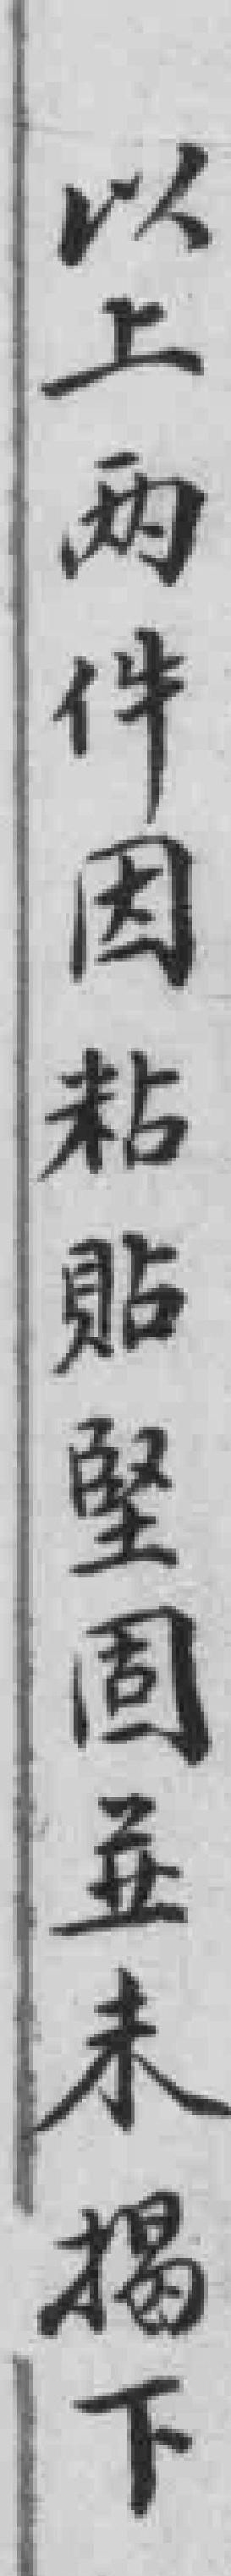
以上两件因粘貼堅固並未揭下